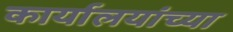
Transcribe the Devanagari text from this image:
कार्यालयांच्या